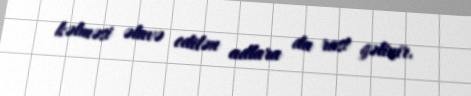
kəlməsi əlavə edilən adlara da rast gəlinir.